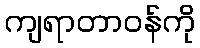
ကျရာတာဝန်ကို